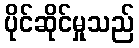
ပိုင်ဆိုင်မှုသည်